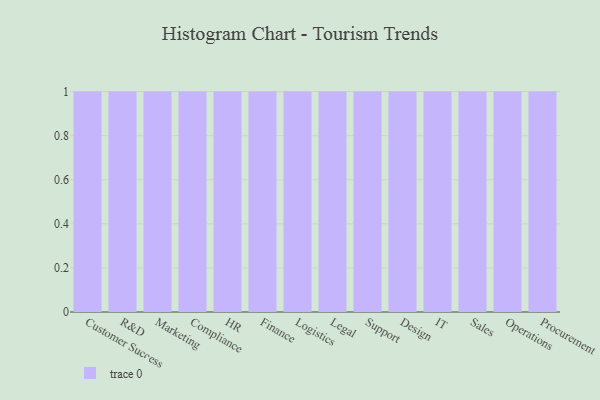
{"axis": {"x": "Department", "y": "Active Users"}, "legend": [""], "data": [{"x": "Customer Success", "y": 36, "type": ""}, {"x": "R&D", "y": 99, "type": ""}, {"x": "Marketing", "y": 68, "type": ""}, {"x": "Compliance", "y": 18, "type": ""}, {"x": "HR", "y": 6, "type": ""}, {"x": "Finance", "y": 55, "type": ""}, {"x": "Logistics", "y": 16, "type": ""}, {"x": "Legal", "y": 60, "type": ""}, {"x": "Support", "y": 98, "type": ""}, {"x": "Design", "y": 34, "type": ""}, {"x": "IT", "y": 51, "type": ""}, {"x": "Sales", "y": 18, "type": ""}, {"x": "Operations", "y": 99, "type": ""}, {"x": "Procurement", "y": 9, "type": ""}]}